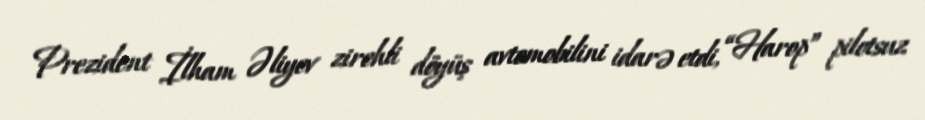
Prezident İlham Əliyev zirehli döyüş avtomobilini idarə etdi, “Harop” pilotsuz